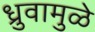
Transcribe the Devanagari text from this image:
ध्रुवामुळे